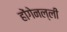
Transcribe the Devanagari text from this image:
होंगेनल्ली